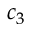
c _ { 3 }